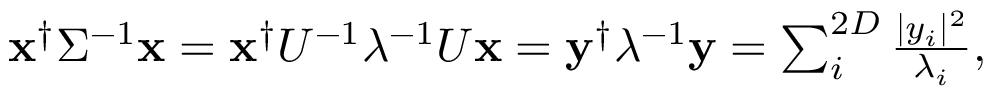
\begin{array} { r } { { \bf x } ^ { \dagger } \Sigma ^ { - 1 } { \bf x } = { \bf x } ^ { \dagger } U ^ { - 1 } \lambda ^ { - 1 } U { \bf x } = { \bf y } ^ { \dagger } \lambda ^ { - 1 } { \bf y } = \sum _ { i } ^ { 2 D } \frac { | y _ { i } | ^ { 2 } } { \lambda _ { i } } , } \end{array}